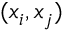
( x _ { i } , x _ { j } )